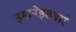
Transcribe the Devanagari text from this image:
इमानेइतबारे